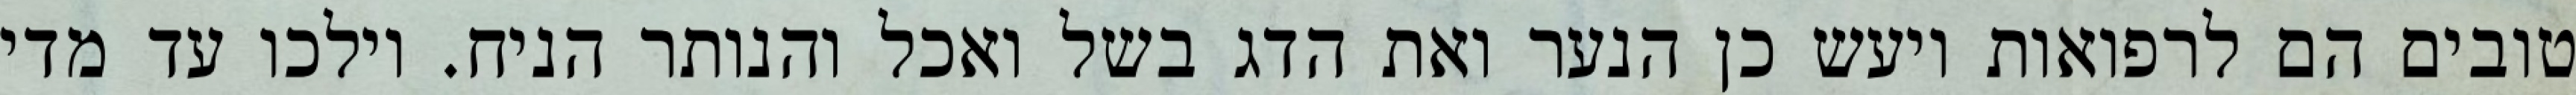
טובים הם לרפואות ויעש כן הנער ואת הדג בשל ואכל והנותר הניח. וילכו עד מדי